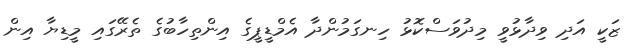
ޒަކީ އަދި ވިދާޅުވީ މިދުވަސްކޮޅު ހިނގަމުންދާ އެމްޑީޕީގެ އިންތިހާބުގެ ތެރޭގައި މީޑިޔާ އިން